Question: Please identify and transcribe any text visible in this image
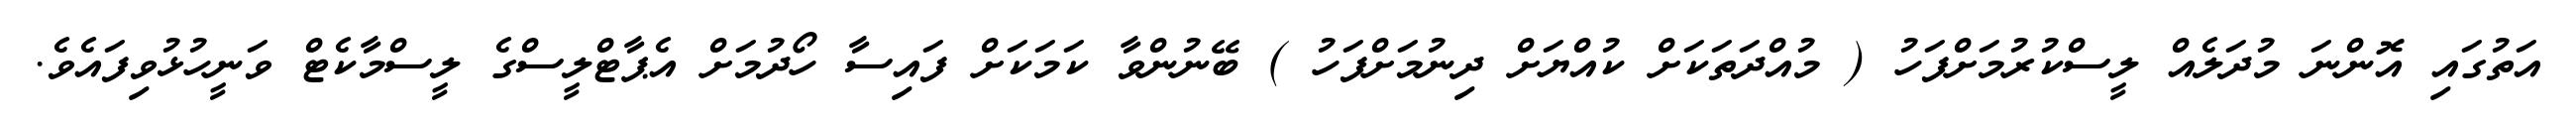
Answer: އަތުގައި އޮންނަ މުދަލެއް ލީސްކުރުމަށްފަހު ( މުއްދަތަކަށް ކުއްޔަށް ދިނުމަށްފަހު ) ބޭނުންވާ ކަމަކަށް ފައިސާ ހޯދުމަށް އެޕާޓްލީސްގެ ލީސްމާކެޓް ވަނީހުޅުވިފައެވެ.